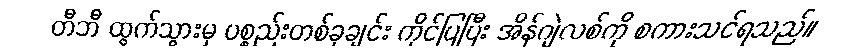
တီဘီ ထွက်သွားမှ ပစ္စည်းတစ်ခုချင်း ကိုင်ပြပြီး အိန်ဂျဲလစ်ကို စကားသင်ရသည်။